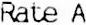
RATE A